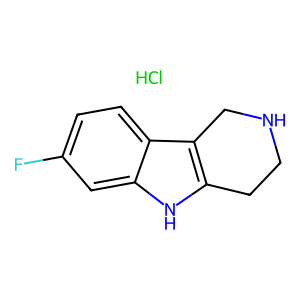
SMILES: Cl.Fc1ccc2c3c([nH]c2c1)CCNC3
Inhibits HIV replication: No